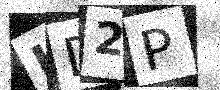
Text: KD2P